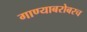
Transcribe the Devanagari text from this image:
गाण्याबरोबरच